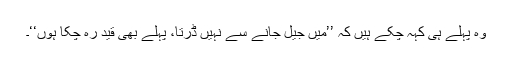
وہ پہلے ہی کہہ چکے ہیں کہ ’’میں جیل جانے سے نہیں ڈرتا، پہلے بھی قید رہ چکا ہوں‘‘۔